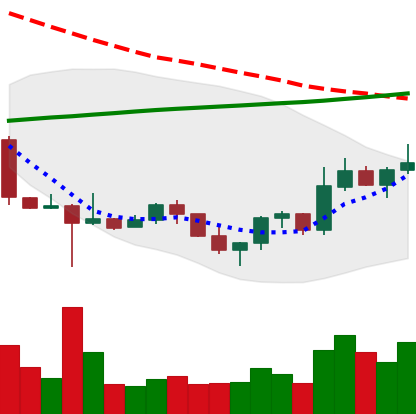
Ticker: ETC-USD
Chart end date: 2022-10-29
Forward return: -7.238%
Label: down_7plus